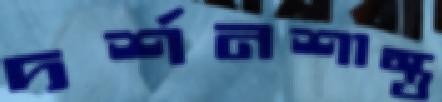
দর্শনশাস্ত্র